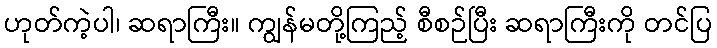
ဟုတ်ကဲ့ပါ၊ ဆရာကြီး။ ကျွန်မတို့ကြည့် စီစဉ်ပြီး ဆရာကြီးကို တင်ပြ